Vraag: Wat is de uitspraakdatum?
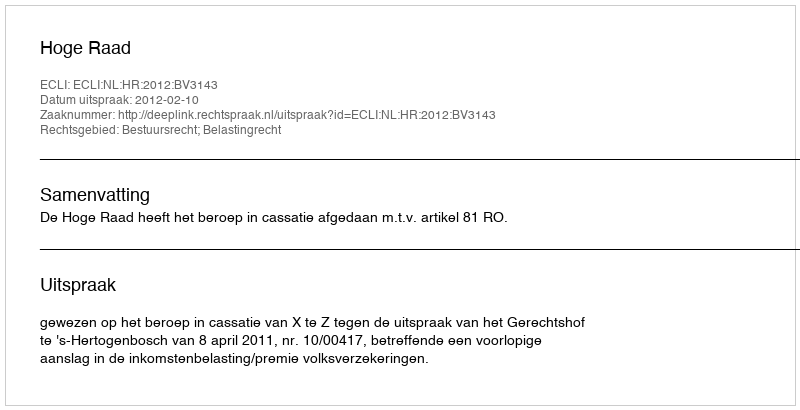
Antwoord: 2012-02-10